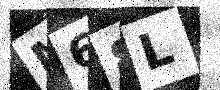
Text: M68L